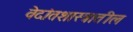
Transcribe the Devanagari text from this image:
वेदांतशास्त्रातील